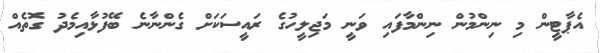
އެޕާޓީން މި ނިންމުން ނިންމާފައި ވަނީ މަޖިލީހުގެ ރައީސަކަށް ގެންނާނެ ބޭފުޅާއިމެދު ގޮތެއް